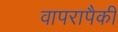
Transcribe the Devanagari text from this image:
वापरापैकी